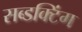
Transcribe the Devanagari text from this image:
सब्डक्टिंग